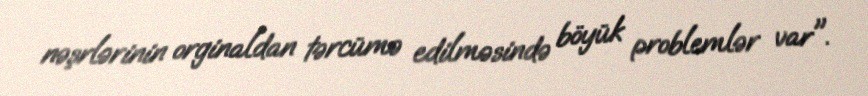
nəşrlərinin orginaldan tərcümə edilməsində böyük problemlər var".